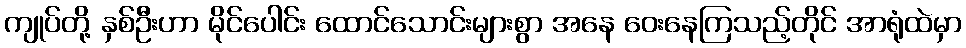
ကျုပ်တို့ နှစ်ဦးဟာ မိုင်ပေါင်း ထောင်သောင်းများစွာ အနေ ဝေးနေကြသည့်တိုင် အာရုံထဲမှာ